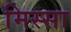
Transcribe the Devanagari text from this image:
मिस्सा